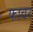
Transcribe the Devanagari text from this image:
फावर